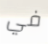
في